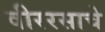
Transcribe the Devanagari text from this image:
वीररसाचे